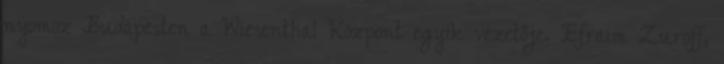
nyomoz Budapesten a Wiesenthal Központ egyik vezetője. Efraim Zuroff,